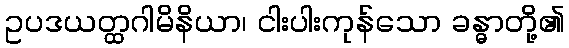
ဥပဒယတ္ထဂါမိနိယာ၊ ငါးပါးကုန်သော ခန္ဓာတို့၏